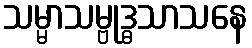
သမ္မာသမ္ဗုဒ္ဓသာသနေ